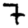
Digit: 7